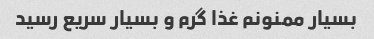
بسیار ممنونم غذا گرم و بسیار سریع رسید